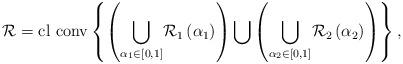
LaTeX: \begin{align*}\mathcal{R}=\textrm{cl conv}\left\{ \left(\underset{\alpha_{1}\in\left[0,1\right]}{\bigcup}\mathcal{R}_{1}\left(\alpha_{1}\right)\right)\bigcup\left(\underset{\alpha_{2}\in\left[0,1\right]}{\bigcup}\mathcal{R}_{2}\left(\alpha_{2}\right)\right)\right\} ,\end{align*}